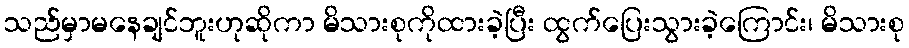
သည်မှာမနေချင်ဘူးဟုဆိုကာ မိသားစုကိုထားခဲ့ပြီး ထွက်ပြေးသွားခဲ့ကြောင်း၊ မိသားစု